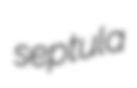
septula